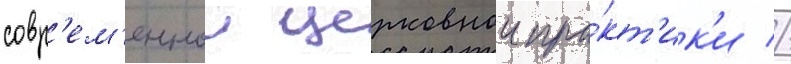
совр'ем'еннои церковнои пра́кт'ик'и //